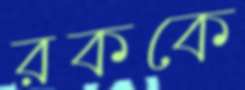
রককে